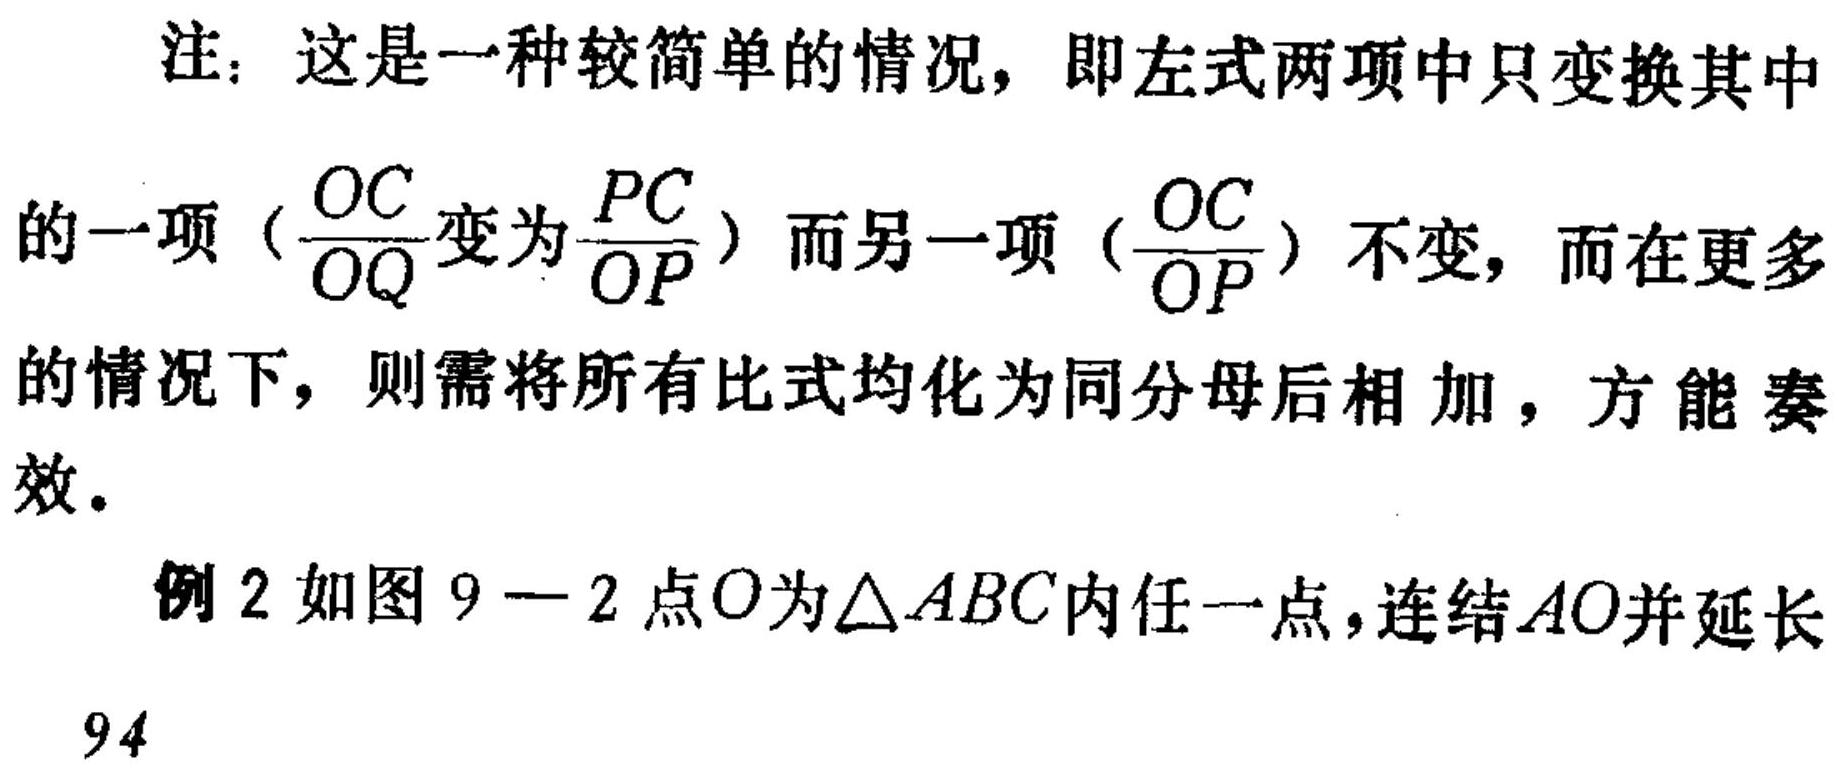
注：这是一种较简单的情况，即左式两项中只变换其中
的一项（\(\frac{OC}{OQ}\)变为\(\frac{PC}{OP}\)）而另一项（\(\frac{OC}{OP}\)）不变，而在更多
的情况下，则需将所有比式均化为同分母后相加，方能奏效。

例2 如图9 - 2点\(O\)为\(\triangle ABC\)内任一点，连结\(AO\)并延长
94